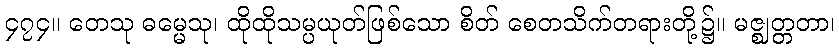
၄၇၄။ တေသု ဓမ္မေသု၊ ထိုထိုသမ္ပယုတ်ဖြစ်သော စိတ် စေတသိက်တရားတို့၌။ မဇ္ဈတ္တတာ၊